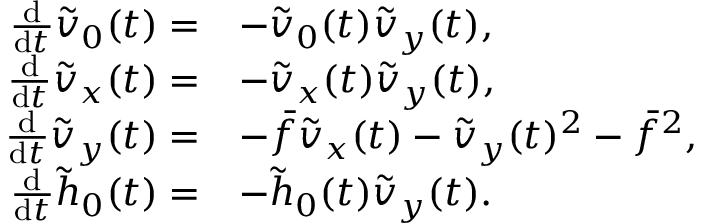
\begin{array} { r l } { \frac { \mathrm { d } } { \mathrm { d } t } \tilde { v } _ { 0 } ( t ) = } & { - \tilde { v } _ { 0 } ( t ) \tilde { v } _ { y } ( t ) , } \\ { \frac { \mathrm { d } } { \mathrm { d } t } \tilde { v } _ { x } ( t ) = } & { - \tilde { v } _ { x } ( t ) \tilde { v } _ { y } ( t ) , } \\ { \frac { \mathrm { d } } { \mathrm { d } t } \tilde { v } _ { y } ( t ) = } & { - \bar { f } \tilde { v } _ { x } ( t ) - \tilde { v } _ { y } ( t ) ^ { 2 } - \bar { f } ^ { 2 } , } \\ { \frac { \mathrm { d } } { \mathrm { d } t } \tilde { h } _ { 0 } ( t ) = } & { - \tilde { h } _ { 0 } ( t ) \tilde { v } _ { y } ( t ) . } \end{array}